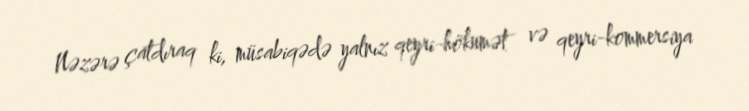
Nəzərə çatdıraq ki, müsabiqədə yalnız qeyri-hökumət və qeyri-kommersiya